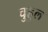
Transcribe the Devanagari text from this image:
चुहुल